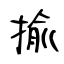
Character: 揄